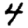
Digit: 4